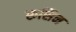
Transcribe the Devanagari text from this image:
रूसिन